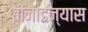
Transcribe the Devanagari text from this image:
बीजाडन्यास